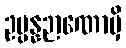
ဥပ္ပန္နဉာဏောမှိ